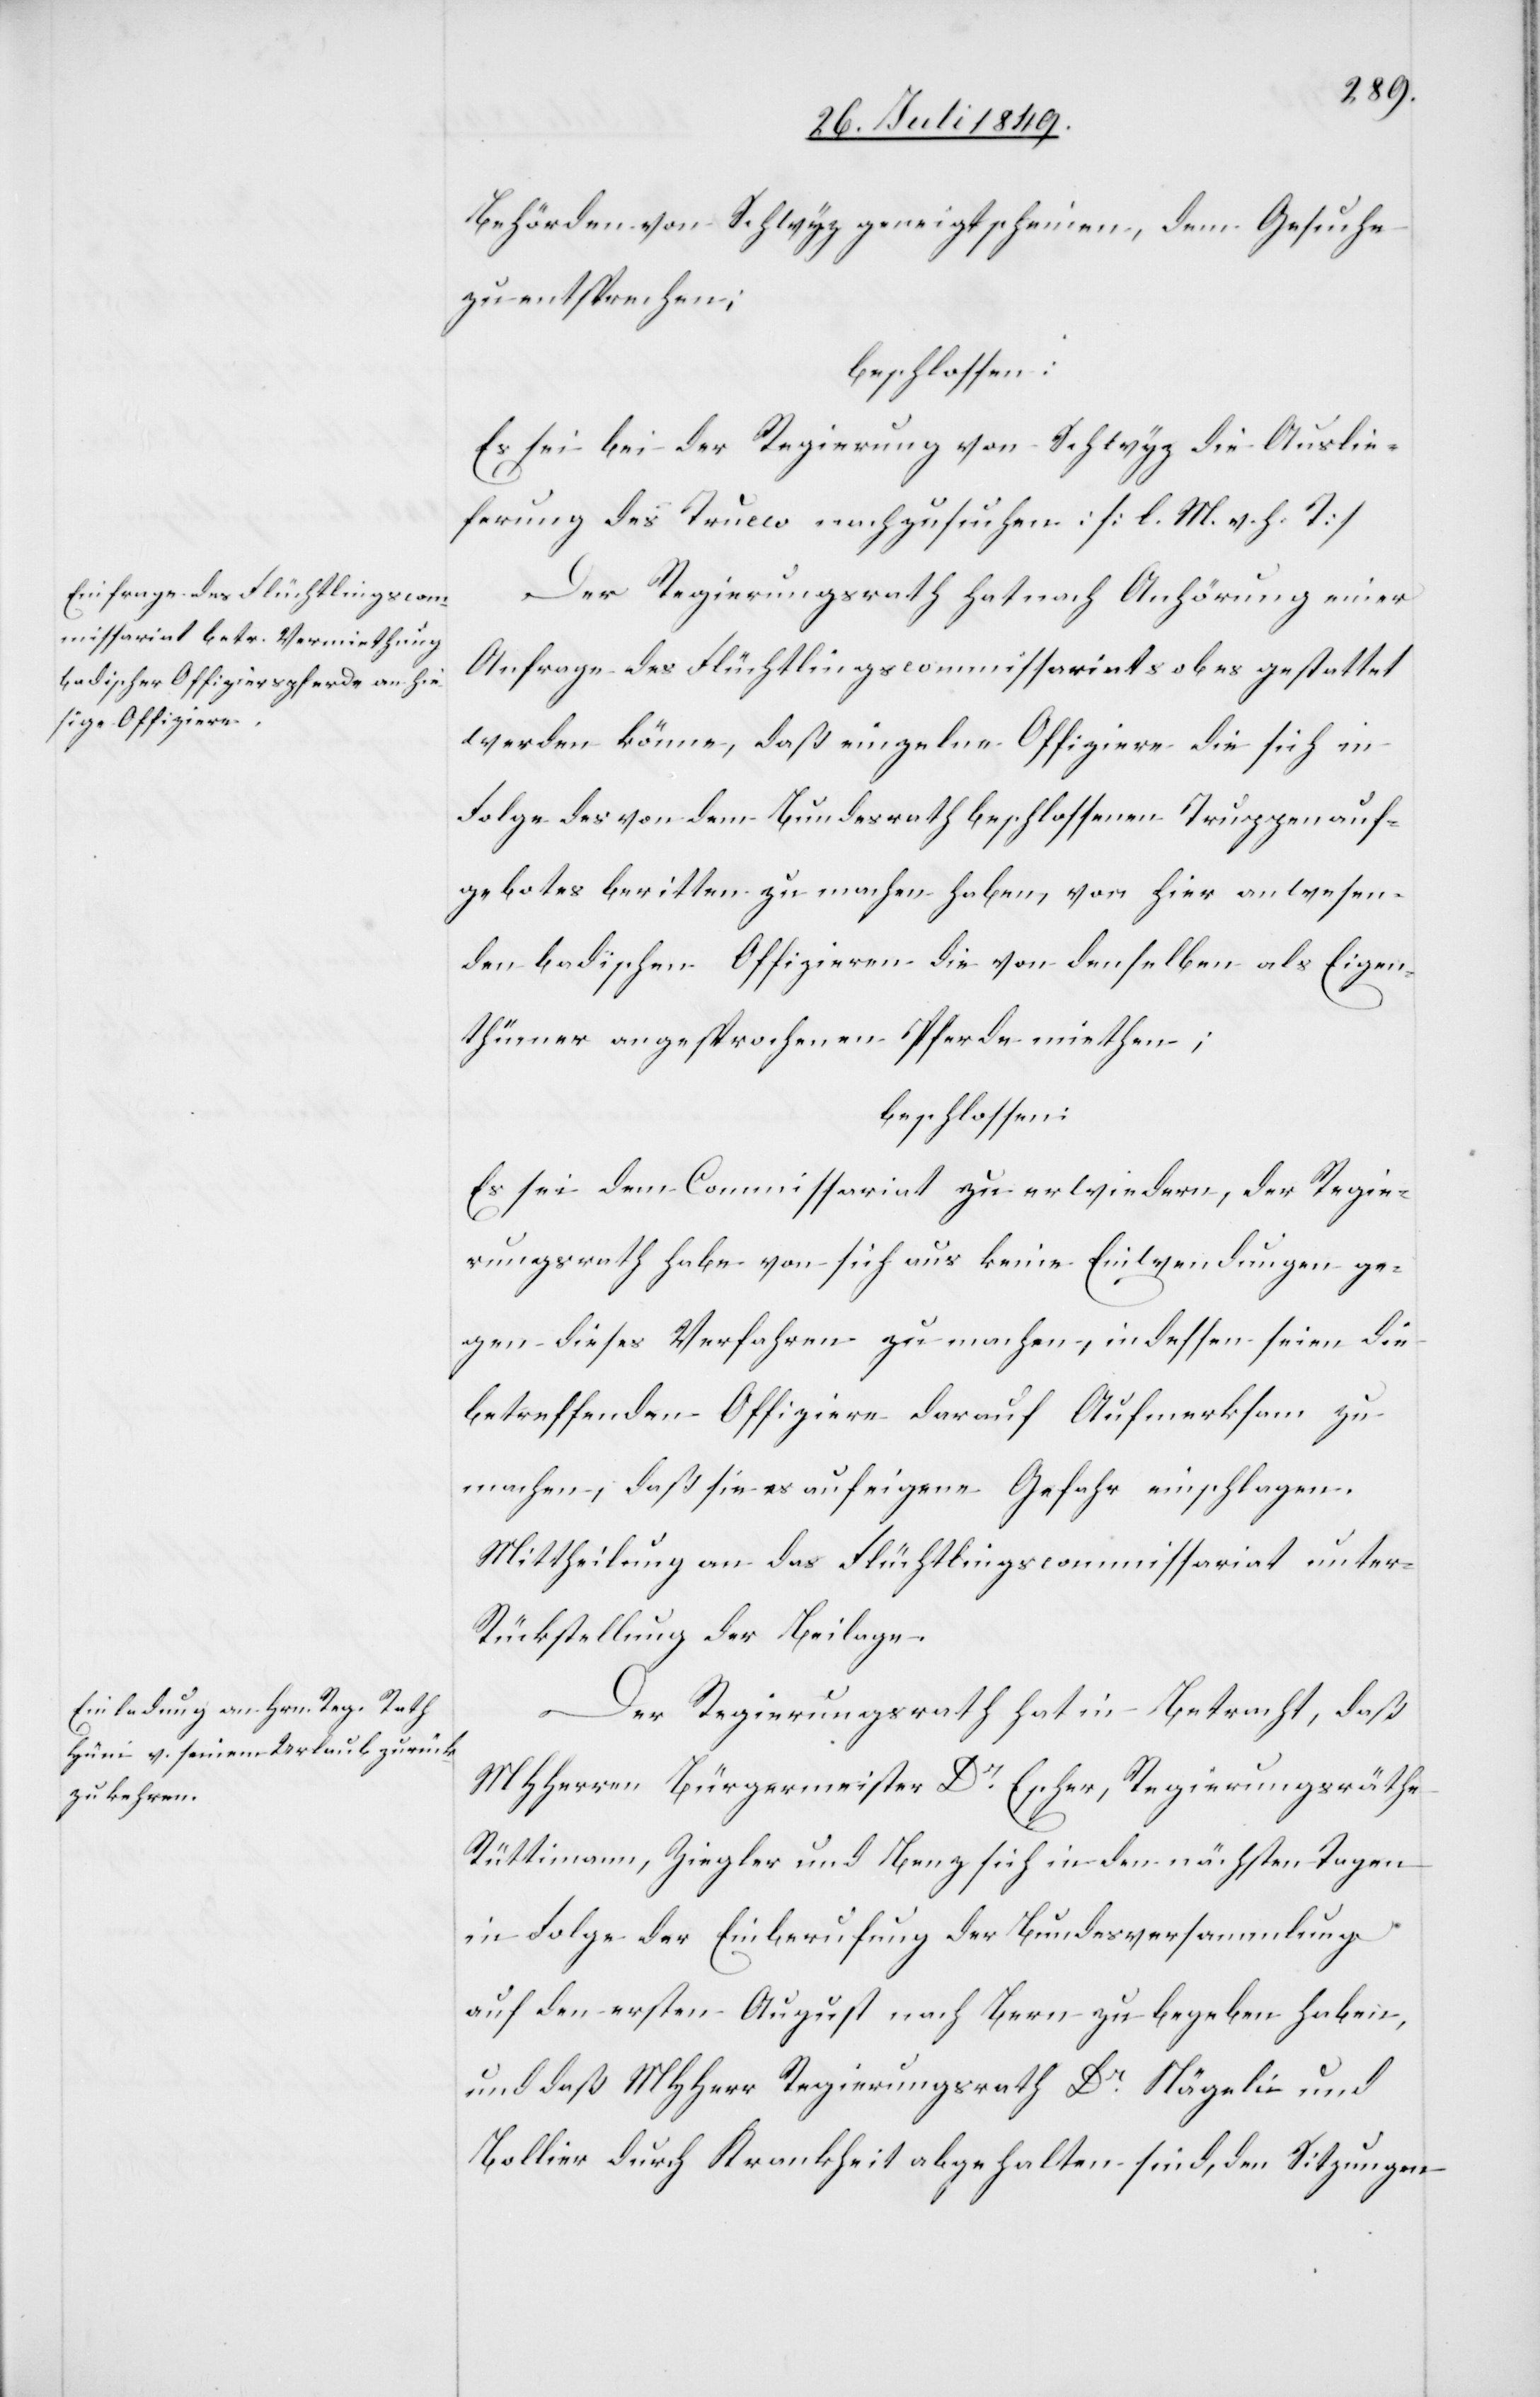
Behörden von Schwyz geneigt scheinen, dem Gesuche
zu entsprechen;
beschlossen:
Es sei bei der Regierung von Schwyz die Auslie¬
ferung des Trucco nachzusuchen: [l. M. v. h. T]
Der Regierungsrath hat nach Anhörung einer
Anfrage des Flüchtlingscommissariats ob es gestattet
werden könne, daß einzelne Offiziere die sich in
Folge des von dem Bundesrath beschlossenen Truppenauf¬
gebotes beritten zu machen haben, von hier anwesen¬
den badischen Offizieren die von denselben als Eigen¬
thümer angesprochenen Pferde miethen;
beschlossen:
Es sei dem Comissariat zu erwiedern, der Regie¬
rungsrath habe von sich aus keine Einwendungen ge¬
gen dieses Verfahren zu machen, indessen seien die
betreffenden Offiziere darauf aufmerksam zu
machen, daß sie es auf eigene Gefahr einschlagen.
Mittheilung an das Flüchtlingscommissariat unter
Rückstellung der Beilage.
Der Regierungsrath hat in Betracht, daß
MHHerrn Bürgermeister Dr Escher, Regierungsräthe
Rüttimann, Ziegler und Benz sich in den nächsten Tagen
in Folge der Einberufung der Bundesversammlung
auf den ersten August nach Bern zu begeben haben,
und daß MHHerr Regierungsrath Dr Nägeli und
Bollier durch Krankheit abgehalten sind, den Sitzungen